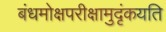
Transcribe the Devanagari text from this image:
बंधमोक्षपरीक्षामुदृंकयति